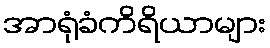
အာရုံခံကိရိယာများ